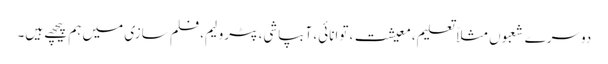
دوسرے شعبوں مثلاً تعلیم، معیشت، توانائی، آبپاشی، پٹرولیم، فلم سازی میں ہم پیچھے ہیں۔